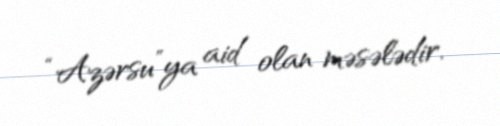
“Azərsu”ya aid olan məsələdir.